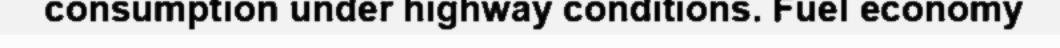
consumption under highway conditions. Fuel economy